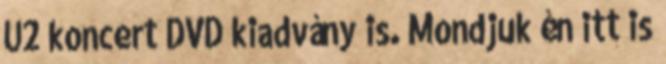
U2 koncert DVD kiadvány is. Mondjuk én itt is